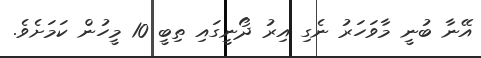
އޭނާ ބުނީ މާވަހަރު ނެގި އިރު ދޯނީގައި ތިބީ 10 މީހުން ކަމަށެވެ.